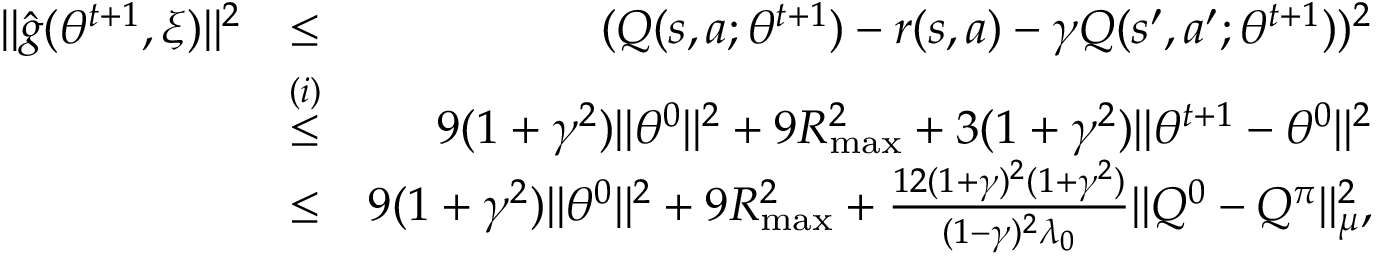
\begin{array} { r l r } { \| \hat { g } ( \theta ^ { t + 1 } , \xi ) \| ^ { 2 } } & { \leq } & { ( Q ( s , a ; \theta ^ { t + 1 } ) - r ( s , a ) - \gamma Q ( s ^ { \prime } , a ^ { \prime } ; \theta ^ { t + 1 } ) ) ^ { 2 } } \\ & { \overset { ( i ) } { \leq } } & { 9 ( 1 + \gamma ^ { 2 } ) \| \theta ^ { 0 } \| ^ { 2 } + 9 R _ { \operatorname* { m a x } } ^ { 2 } + 3 ( 1 + \gamma ^ { 2 } ) \| \theta ^ { t + 1 } - \theta ^ { 0 } \| ^ { 2 } } \\ & { \leq } & { 9 ( 1 + \gamma ^ { 2 } ) \| \theta ^ { 0 } \| ^ { 2 } + 9 R _ { \operatorname* { m a x } } ^ { 2 } + \frac { 1 2 ( 1 + \gamma ) ^ { 2 } ( 1 + \gamma ^ { 2 } ) } { ( 1 - \gamma ) ^ { 2 } \lambda _ { 0 } } \| Q ^ { 0 } - Q ^ { \pi } \| _ { \mu } ^ { 2 } , } \end{array}